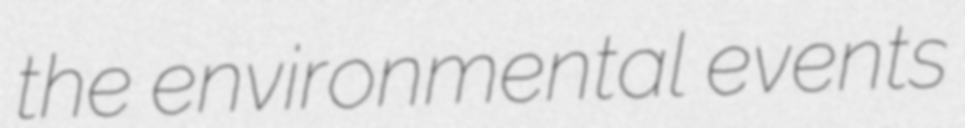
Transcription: the environmental events